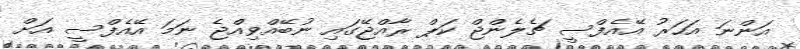
އަންނަ އަހަރު އޭއެފްސީ ޗެލެންޖް ކަޕް ރާއްޖޭގައި ނުބޭއްވިއްޖެ ނަމަ އޭއެފްސީ އަށް